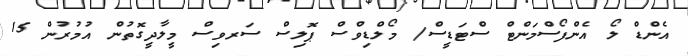
އެންޑް ލޯ އެންފޯސްމަންޓް ސްޓަޑީސް/ މޯލްޑިވްސް ޕޮލިސް ސަރވިސް މީލާދީގޮތުން އުމުރުން 15